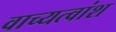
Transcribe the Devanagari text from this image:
वाच्यत्वांश